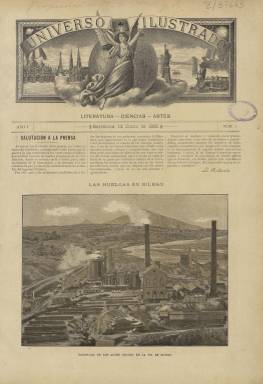
Título: Universo ilustrado (Barcelona. 1890)
Colección: Periódicos
Ámbito geográfico: Barcelona
Lugar de publicación: Barcelona
Fechas: 14/06/1890-29/11/1890

Siguiendo el modelo de las revistas ilustradas finiseculares, el editor, escritor y traductor Francisco Nacente y Soler (1841-1894) estampará en su propio establecimiento tipolitográfico barcelonés, desde el 14 de junio al 29 de noviembre de 1890, un total de 22 entregas, de una docena de páginas cada una, de un título que forma parte del conjunto de decenas de “ilustraciones” efímeras de esta misma naturaleza, a través de las cuales su propietario cumplía la “misión de ilustrar a nuestros semejantes y extirpar la ignorancia”, ofreciendo “los más eminentes progresos de la civilización”, tal como señala en su artículo de presentación.

Será una publicación que llegará a envolver con cubiertas algunas de sus entregas, ocupadas totalmente por un gran grabado de fotografías dibujadas o de reproducciones artísticas, que, en este caso, también integran dos o tres láminas centrales que rompen la continuidad de las que contienen los textos, y que también ocupan la contracubierta. Resalta, sin embargo, en ella la ausencia de anuncios comerciales, por lo que su falta de financiación pudo ser causa de su pronta desaparición.

Con la leyenda bajo su cabecera indicando “lectura, ciencias, artes”, en sus primeras entregas dará cuenta tanto del submarino de Isaac Peral (1851-1895) como del Ictíneo de Narciso Monturiol (1819-1885), con ilustraciones de estos adelantos técnicos de la navegación marítima y de los retratos de sus inventores. Publicará también otras biografías de ilustres contemporáneos, como fueron los de algunos altos mandatarios hispanoamericanos, quizá buscando con ello un público lector al otro lado del Atlántico.

Tiene una sección principal denominada Revista general, como crónica que trata asuntos de política internacional, entre otros asuntos, y además de ofrecer textos relativos a los grabados que publica, como Panorama de los altos hornos en la ría de Bilbao, con motivo de una huelga, el propio Nacente firma también una serie de textos relativos a cuestiones obreras bajo el epígrafe Jornada de 8 horas.

Además de retratos u otras vistas, como las de la Catedral de Colonia, el Acuario invernadero de Westminster o del Hipódromo de Barcelona, también reproduce obras artísticas, como la del Naufragio del minotauro, del pintor inglés J.M.W. Turner (1775-1851). Algunos otros dibujos ilustrarán textos de creación literaria, tanto en prosa como en verso, o algún artículo, publicando algunos sobre moralidad, viajes, arte, moda o crónica social madrileña, llegando a incluir también una sección de bibliografía.

Entre las firmas de sus textos aparecen los nombres del académico de la Lengua Víctor Balaguer (1824-1901), del escritor italiano Edmundo de Amicis (1846-1908), de Ricardo Blanco Asenjo (1847-1897), Francisco Gras y Elías (1850-1912) o E.M. Villarrasa, pero también los de mujeres, como la de la periodista Emilia Serrano de Wilson (1843-1922), como autora de una serie titulada La Mujer: su pasado, su presente y su porvenir, y el de la helenista y también periodista Josefa Pujol de Collado (que escribirá la sección El Mundo elegante), así como los de Luisa Durán de León, Carmen Silva o Elvira Ramos. También aparecen algunos seudónimos e iniciales bajo sus textos.

Algunas de sus ilustraciones llegarán a ser estampadas en varias tintas, y cuando en su último número anuncie el cese de la publicación, indicará, sin embargo, que continuarán apareciendo los cuadernos titulados Enciclopedia moderna, que debió difundir conjuntamente con esta revista, cuidadosamente diseñada y elaborada en un estilo pre-modernista, hasta la terminación de las seis obras de que constaba.